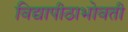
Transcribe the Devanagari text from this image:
विद्यापीठाभोवती